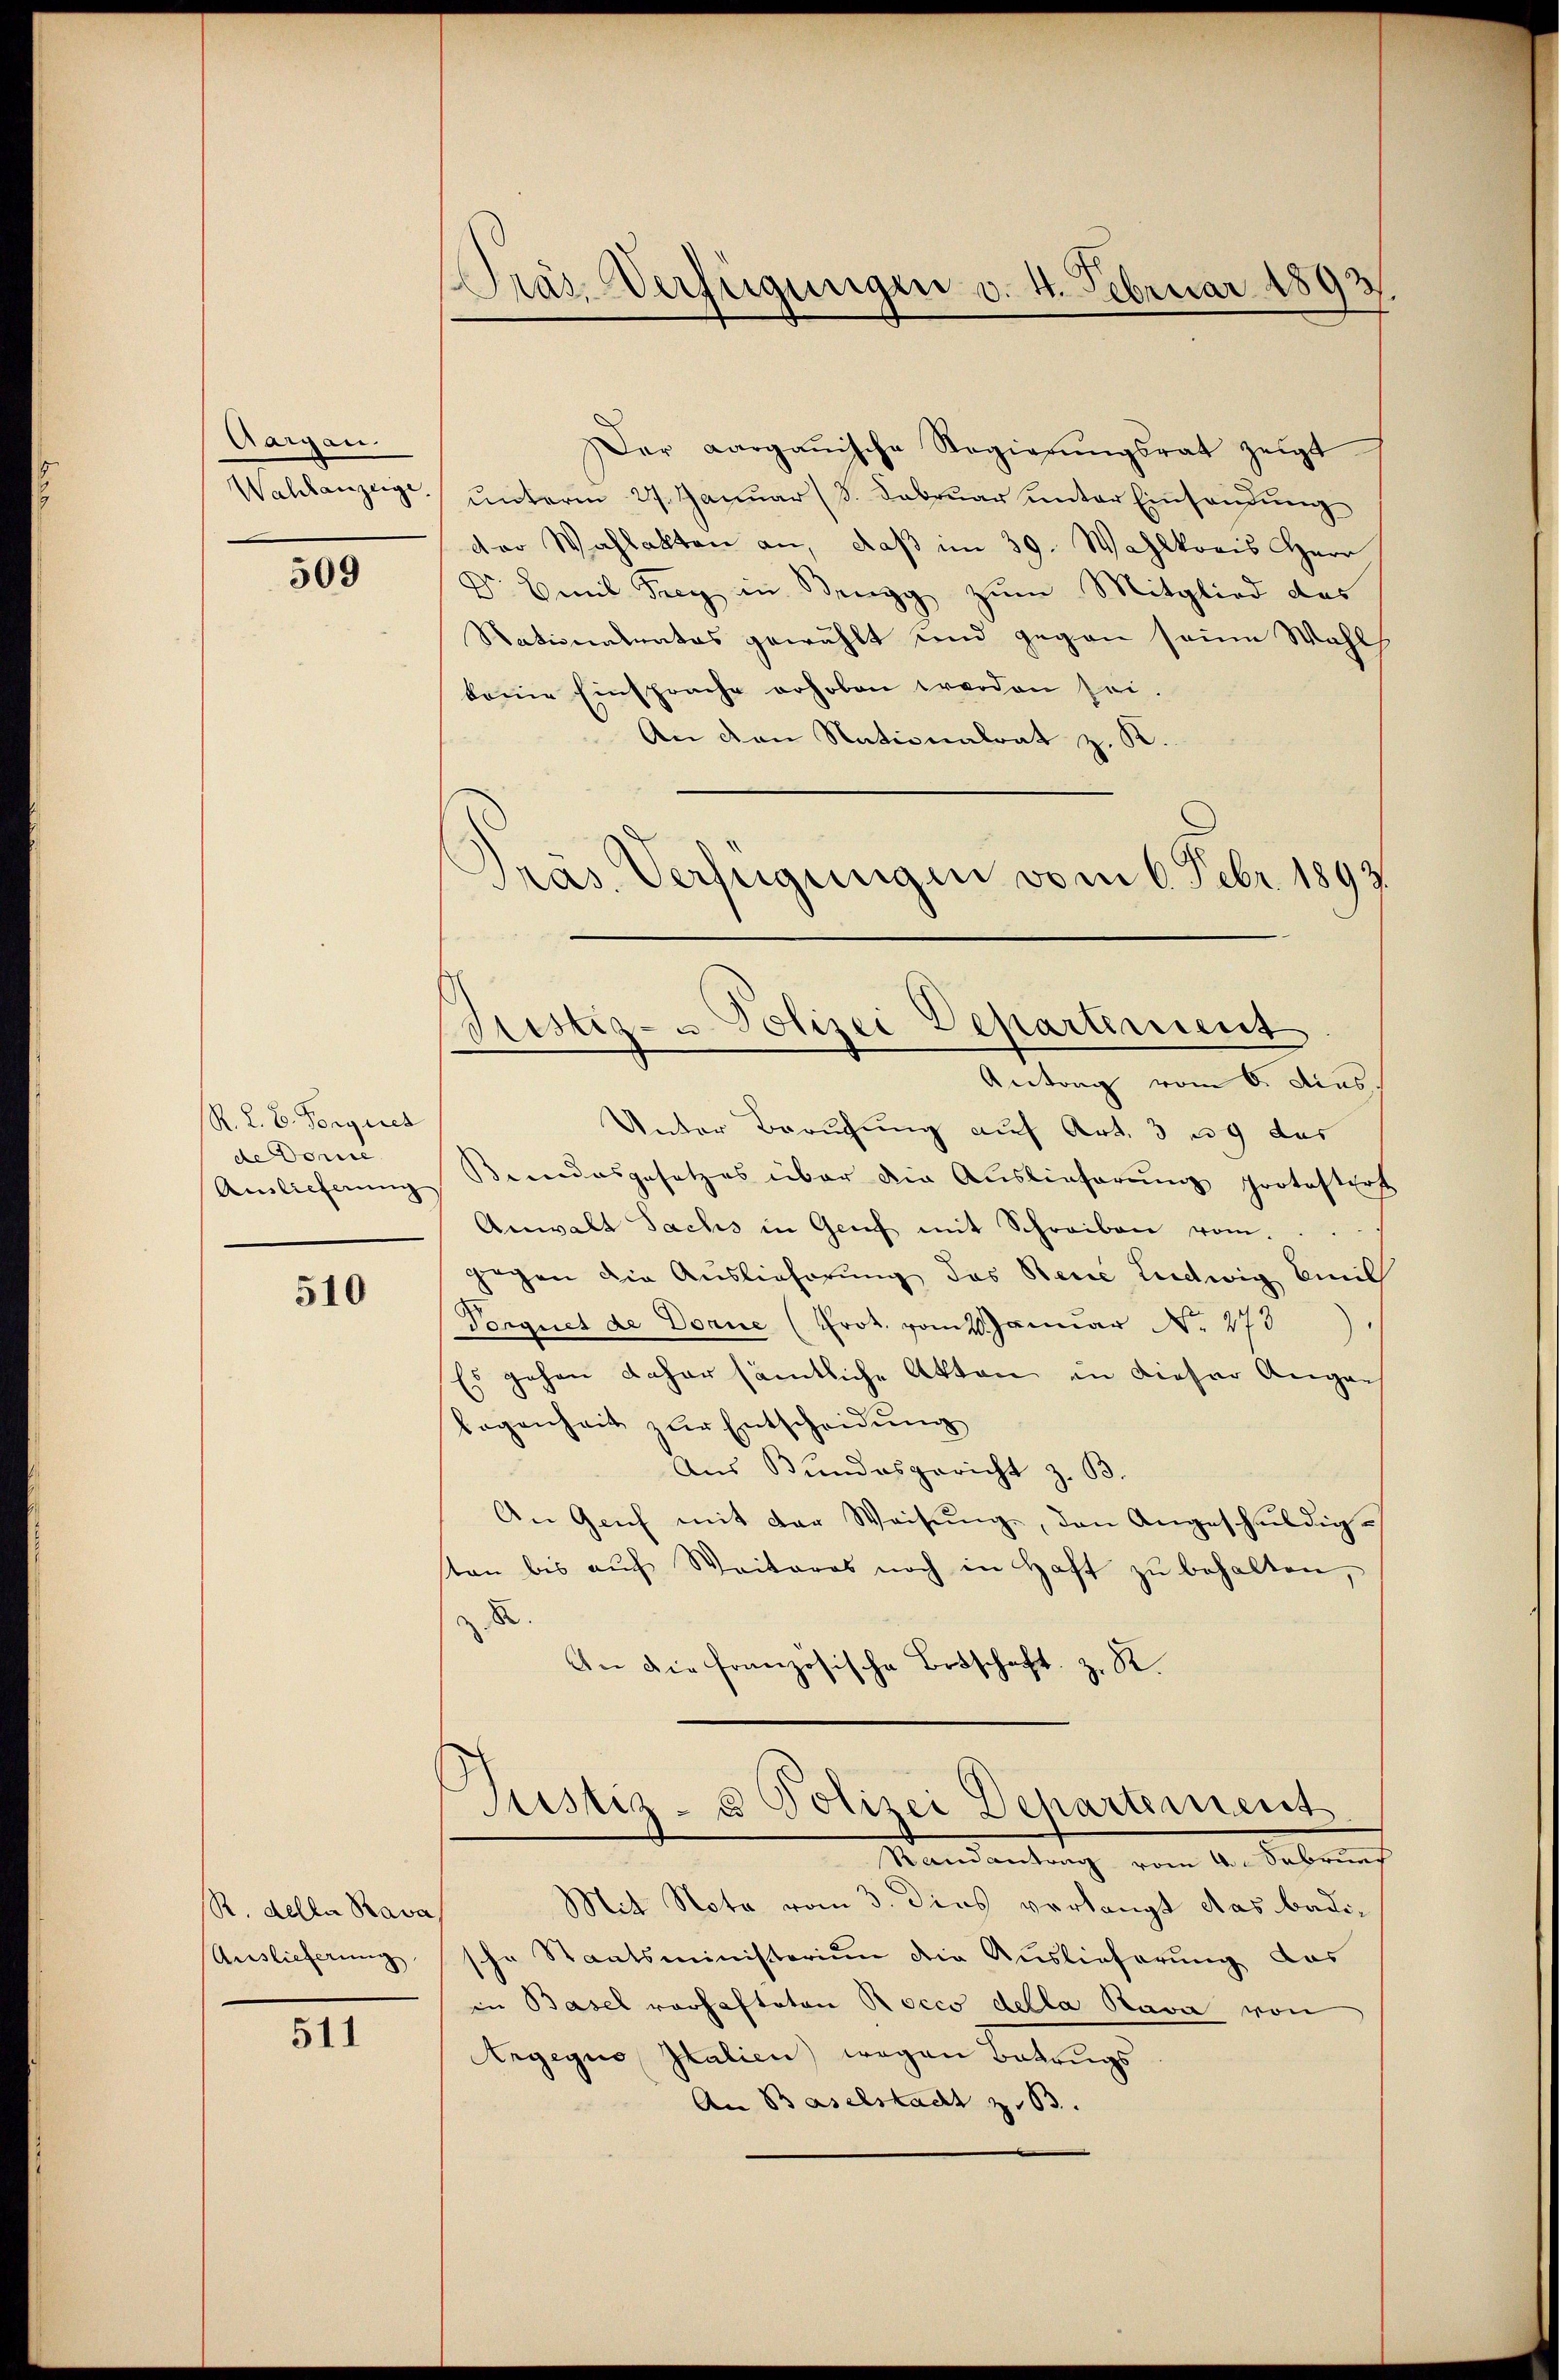
Aargau.

509

R. L. B. Forgiret
de Donne
Auslieferung

510

R. della Rava
Auslieferung

511

Präs. Verfügungen v. 4. Februar 1893

Der aargauische Regierŭngsrat zeigt
Wahlanzeige, ŭnterm 27. Janŭar ( 8. Febrŭar ŭnter Einsandŭng
der Wahlakten an, daß im 39. Wahlkoris Herr
Dr. Emil Frey in Benz zum Mitglied des
Nationalrates gewählt und gegen seine Wahl
keine Einsprache erhoben worden sei.
An den Nationalrat z. K
räs. Verfügungen vom 6. Febr. 1893

Bustiz- u. Polizei Departement

Antrag vom 6. dies
Unter Berufung auf Art. 39 des
Beendesgesetzes über die Auslieferung protestert
Anwalt Sachs in Genf mit Schreiben vom
gegen die Auslieferung des Reue Ludwig Emil
Vonguet de Dorne (Prok. vom Januar No. 273
Es gehen daher sämtliche Akten in dieser Augen
legenheit zur Entscheidung
Aus Bundesgericht z. B.
An Geich mit der Weisung, den Angeschuldigsten bis aŭf Weiteres noch in Haft zŭ behalten,
8.
An die französische Betschaft, z. R.
Justiz- & Polizei Departement
Mandantung vom 4. Februns
Mit Note vom 3. dies verlangt das badische Staatsministerium die Auslieferung das
in Basel vorhafteten Rocco della Rava von
Argegus Italien) wegen Betrugs
An Baselstadt z. 63.